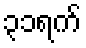
၃၁ရက်